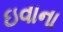
ઇવાના